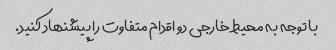
با توجه به محیط خارجی دو اقدام متفاوت را پیشنهاد کنید.